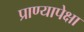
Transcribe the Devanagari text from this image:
प्राण्यापेक्षा